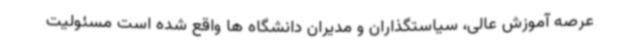
عرصه آموزش عالی، سیاستگذاران و مدیران دانشگاه ها واقع شده است مسئولیت